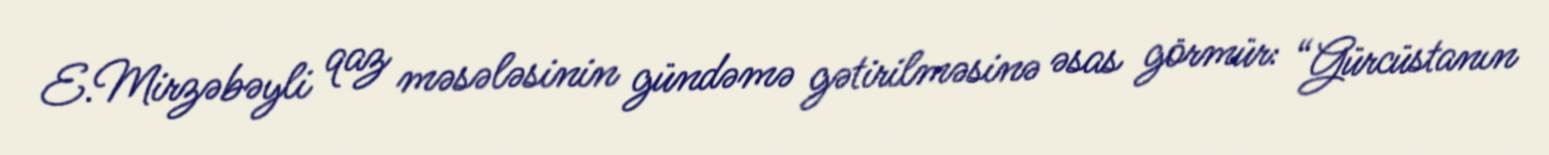
E.Mirzəbəyli qaz məsələsinin gündəmə gətirilməsinə əsas görmür: “Gürcüstanın